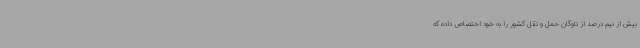
بیش از نیم درصد از ناوگان حمل و نقل کشور را به خود اختصاص داده که